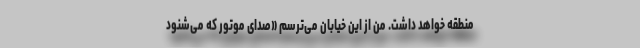
منطقه خواهد داشت. من از این خیابان می‌ترسم «صدای موتور که می‌شنود